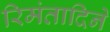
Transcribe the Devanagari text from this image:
रिमंतादिने